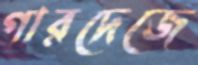
গারদেজে